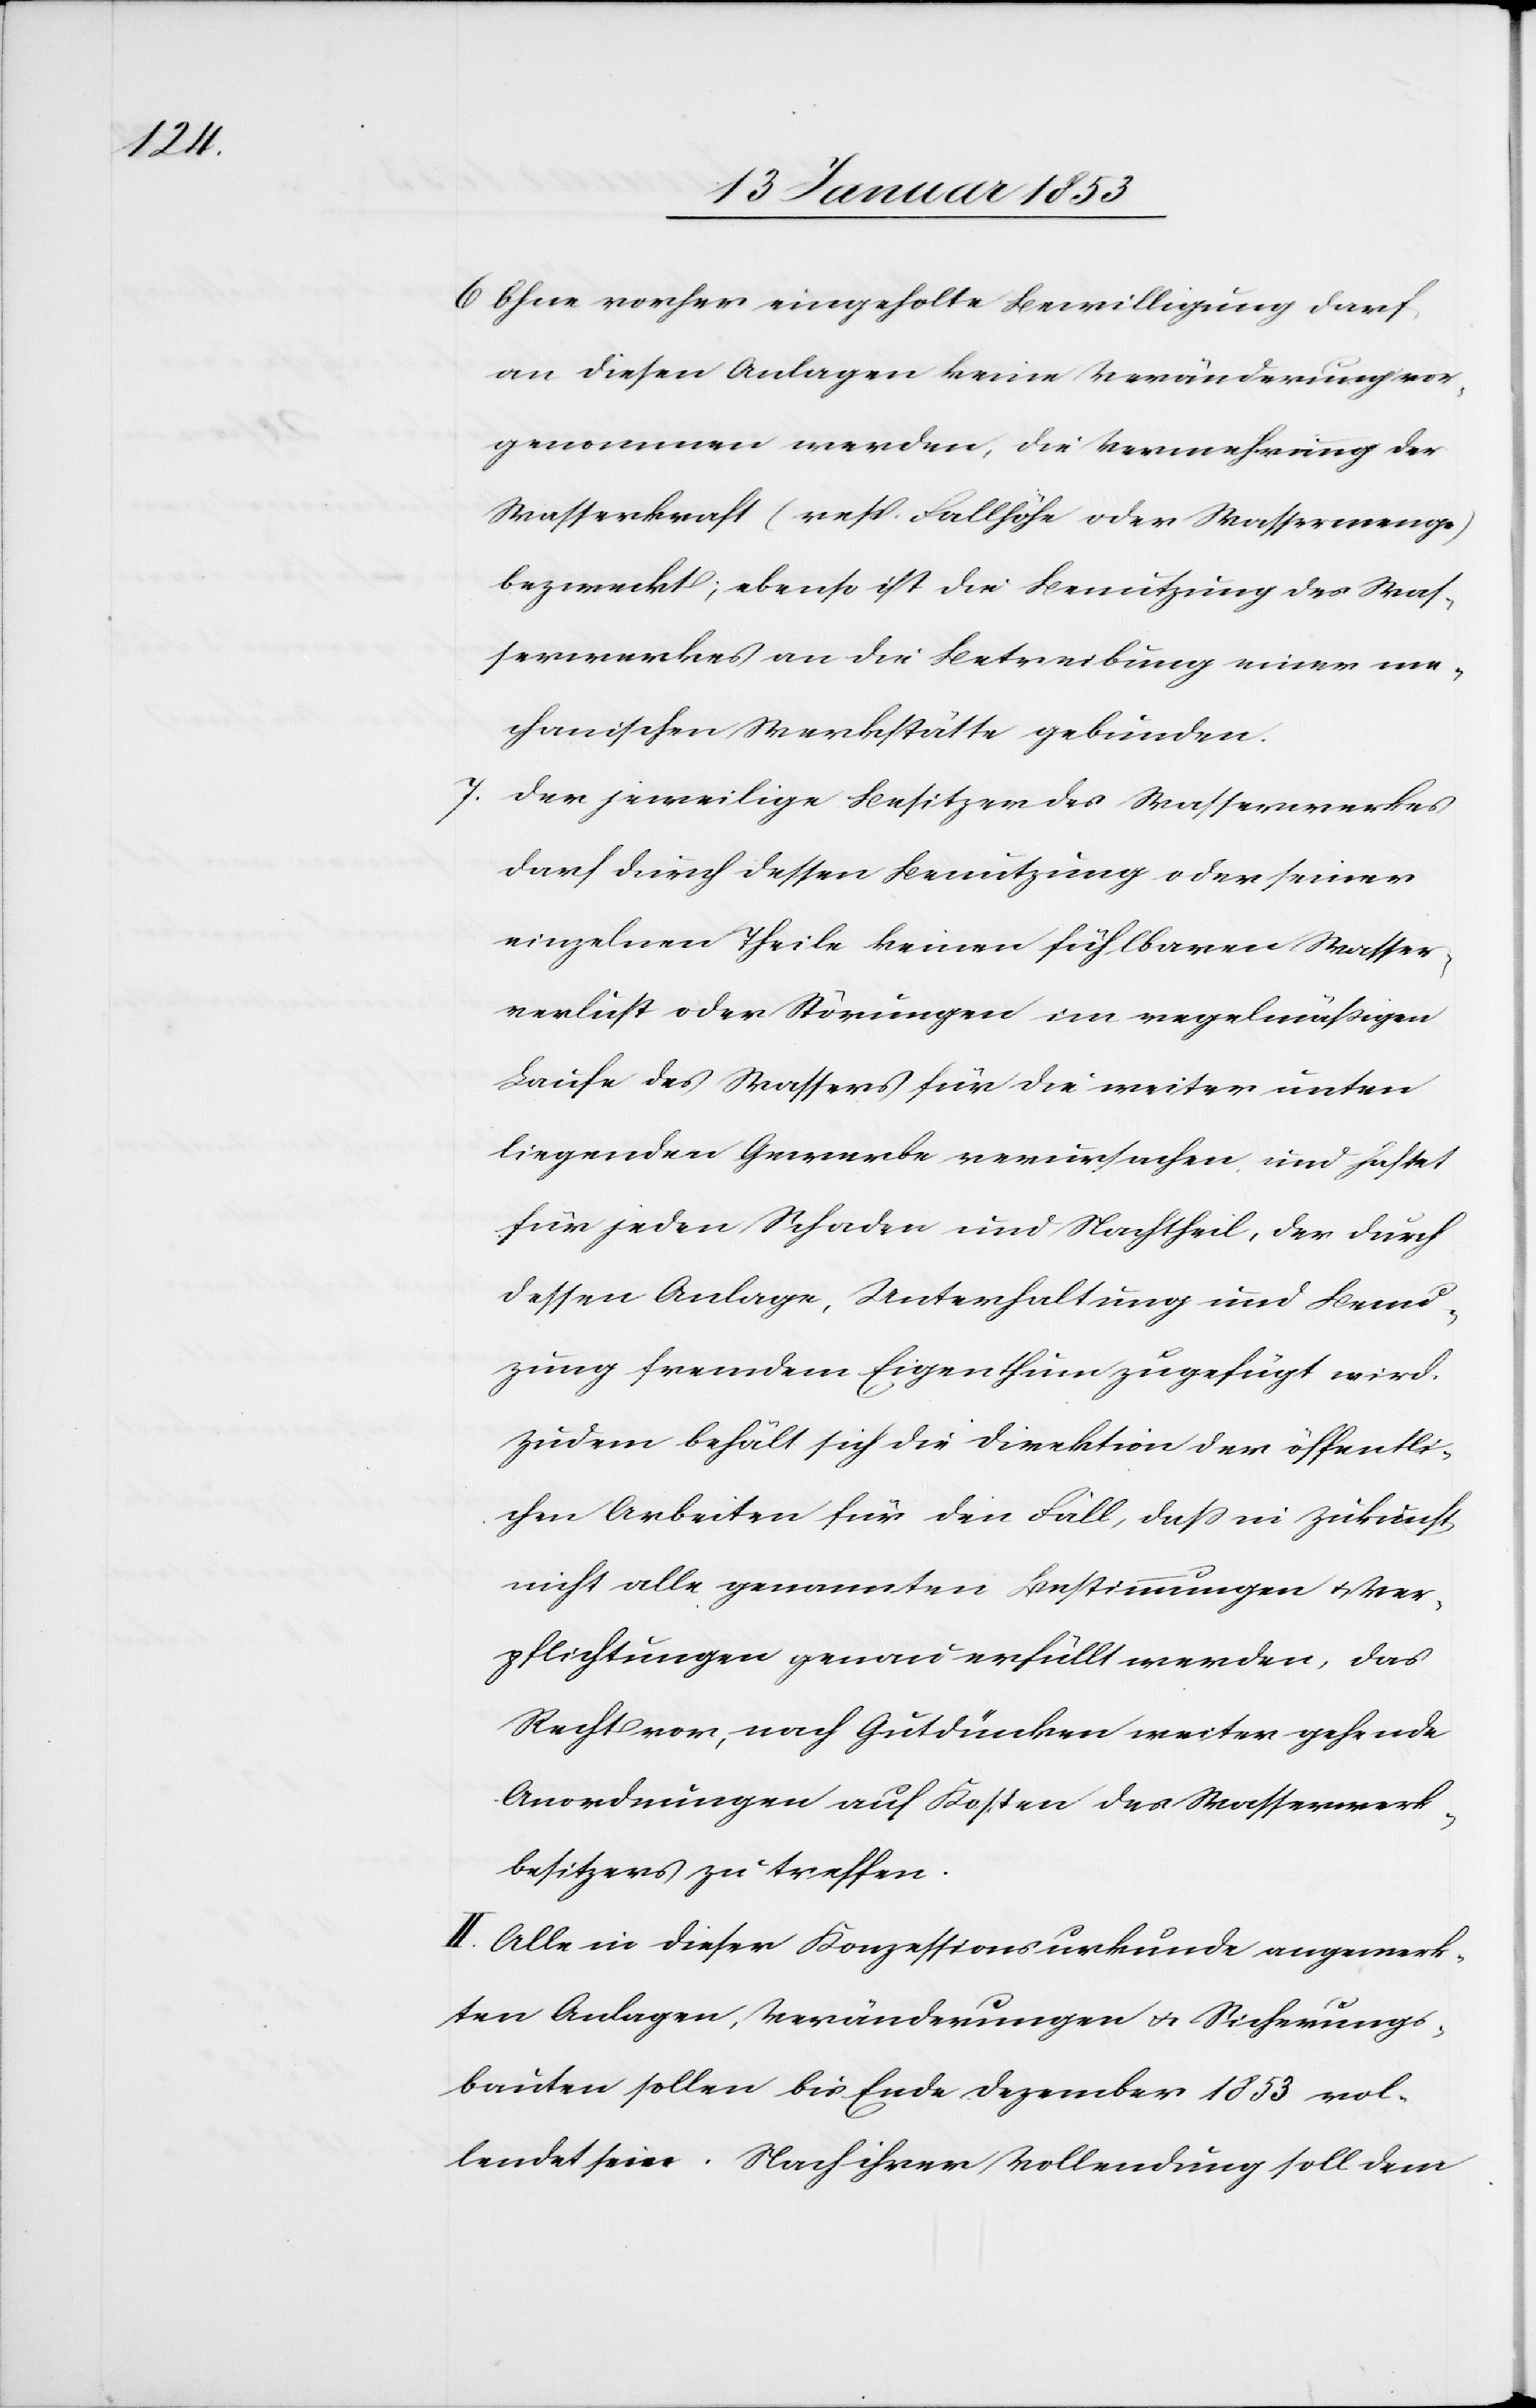
6. Ohne vorher eingeholte Bewilligung darf
an diesen Anlagen keine Veränderung vor¬
genommen werden, die Vermehrung der
Wasserkraft (resp. Fallhöhe oder Wassermenge)
bezweckt; ebenso ist die Benutzung des Was¬
serwerkes an die Betreibung einer me¬
chanischen Werkstätte gebunden.
Der jeweilige Besitzer des Wasserwerkes
darf durch dessen Benutzung oder seiner
einzelnen Theile keinen fühlbaren Wasser¬
verlust oder Störungen im regelmäßigen
Laufe des Wassers für die weiter unten
liegenden Gewerbe verursachen und haftet
für jeden Schaden und Nachtheil, der durch
dessen Anlage, Unterhaltung und Benu¬
tzung fremdem Eigenthum zugefügt wird.
Zudem behält sich die Direktion der öffentli¬
chen Arbeiten für den Fall, daß in Zukunft
nicht alle genannten Bestimmungen u. Ver¬
pflichtungen genau erfüllt werden, das
Recht vor, nach Gutdünken weiter gehende
Anordnungen auf Kosten des Wasserwerk¬
besitzers zu treffen.
II. Alle in dieser Konzessionsurkunde angemerk¬
ten Anlagen, Veränderungen u. Sicherungs¬
bauten sollen bis Ende Dezember 1853 vol¬
lendet sein. Nach ihrer Vollendung soll dem